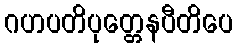
ဂဟပတိပုတ္တေနပီတိပေ